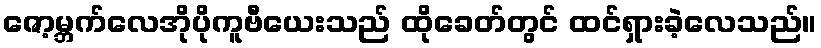
ဇော့မ္ဘက်လေအိုပိုကူဗီယေးသည် ထိုခေတ်တွင် ထင်ရှားခဲ့လေသည်။